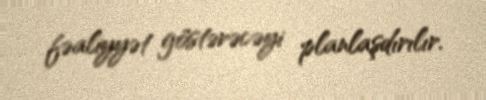
fəaliyyət göstərəcəyi planlaşdırılır.